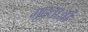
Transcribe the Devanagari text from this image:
गूढ़ताओं